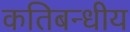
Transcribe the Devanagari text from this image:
कतिबन्धीय